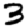
Digit: 3